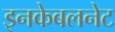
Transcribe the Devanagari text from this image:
इनकेबलनेट